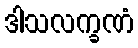
ဒါသလက္ခဏံ